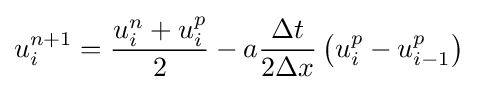
u_{i}^{n+1}={\frac {u_{i}^{n}+u_{i}^{p}}{2}}-a{\frac {\Delta t}{2\Delta x}}\left(u_{i}^{p}-u_{i-1}^{p}\right)